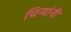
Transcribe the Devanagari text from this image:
चिर्‍यांनी